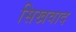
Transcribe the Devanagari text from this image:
सिखवाद